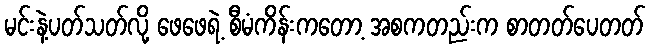
မင်းနဲ့ပတ်သတ်လို့ ဖေဖေရဲ့ စီမံကိန်းကတော့ အစကတည်းက စာတတ်ပေတတ်